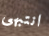
انتبهى